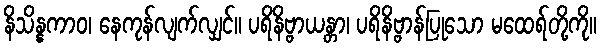
နိသိန္နကာဝ၊ နေကုန်လျက်လျှင်။ ပရိနိဗ္ဗာယန္တာ၊ ပရိနိဗ္ဗာန်ပြုသော မထေရ်တို့ကို။